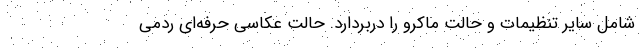
شامل سایر تنظیمات و حالت ماکرو را دربردارد. حالت عکاسی حرفه‌ای ردمی